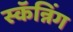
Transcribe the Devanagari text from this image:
स्कॅन्निंग